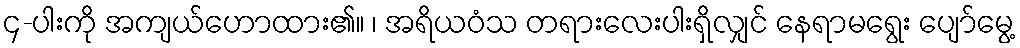
၄-ပါးကို အကျယ်ဟောထား၏။ ၊ အရိယဝံသ တရားလေးပါးရှိလျှင် နေရာမရွေး ပျော်မွေ့